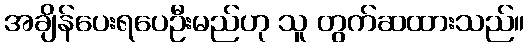
အချိန်ပေးရပေဦးမည်ဟု သူ တွက်ဆထားသည်။